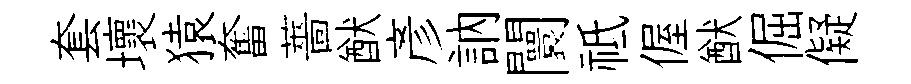
套壞猿奮薔猷彥訥闤祗偓猷倔儗